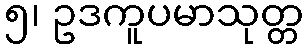
၅၊ ဥဒကူပမာသုတ္တ